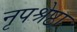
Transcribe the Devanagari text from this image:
नृपश्रेष्ठा